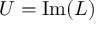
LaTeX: U = { \mathrm { I m } } ( L )